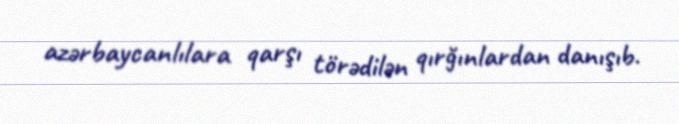
azərbaycanlılara qarşı törədilən qırğınlardan danışıb.